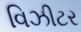
વિઝીટર